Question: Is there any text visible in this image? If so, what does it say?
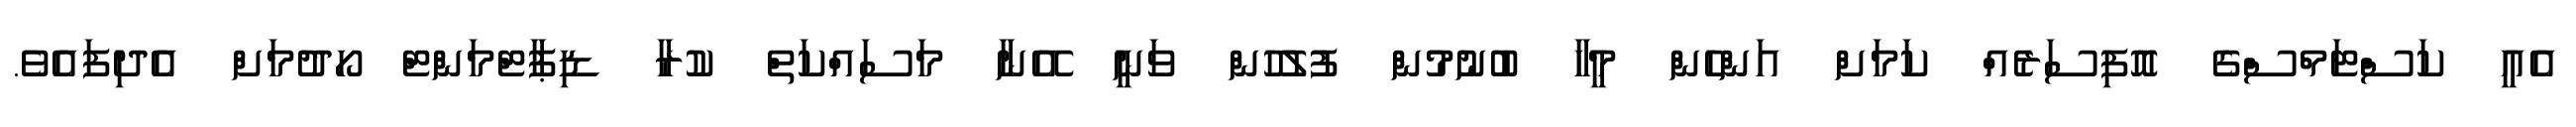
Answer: އެއީ ކަސްޓަމްސްގެ އޮފިސަރެއް ކަމަށް އަންހެން މީހާ ބުނުމުން ފުލުހުން ވަނީ އޭނާ މަސައްކަތް ކުރާ ޑިޕާޓްމަންޓް ހޯދުމަށް އެދިފައެވެ.